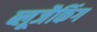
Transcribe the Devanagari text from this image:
ब्लूजैकिंग